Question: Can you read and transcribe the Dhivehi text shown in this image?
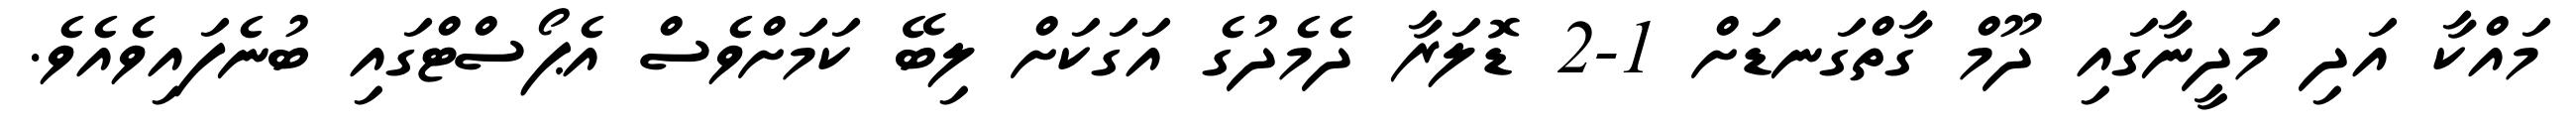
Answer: މައްކާ އަދި މަދީނާގައި ދޫމް ގާތްގަނޑަށް 1-2 ޑޮލަރާ ދެމެދުގެ އަގަކަށް ލިބޭ ކަމަށްވެސް އެޕޯސްޓްގައި ބުނެފައިވެއެވެ.